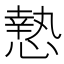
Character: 慹